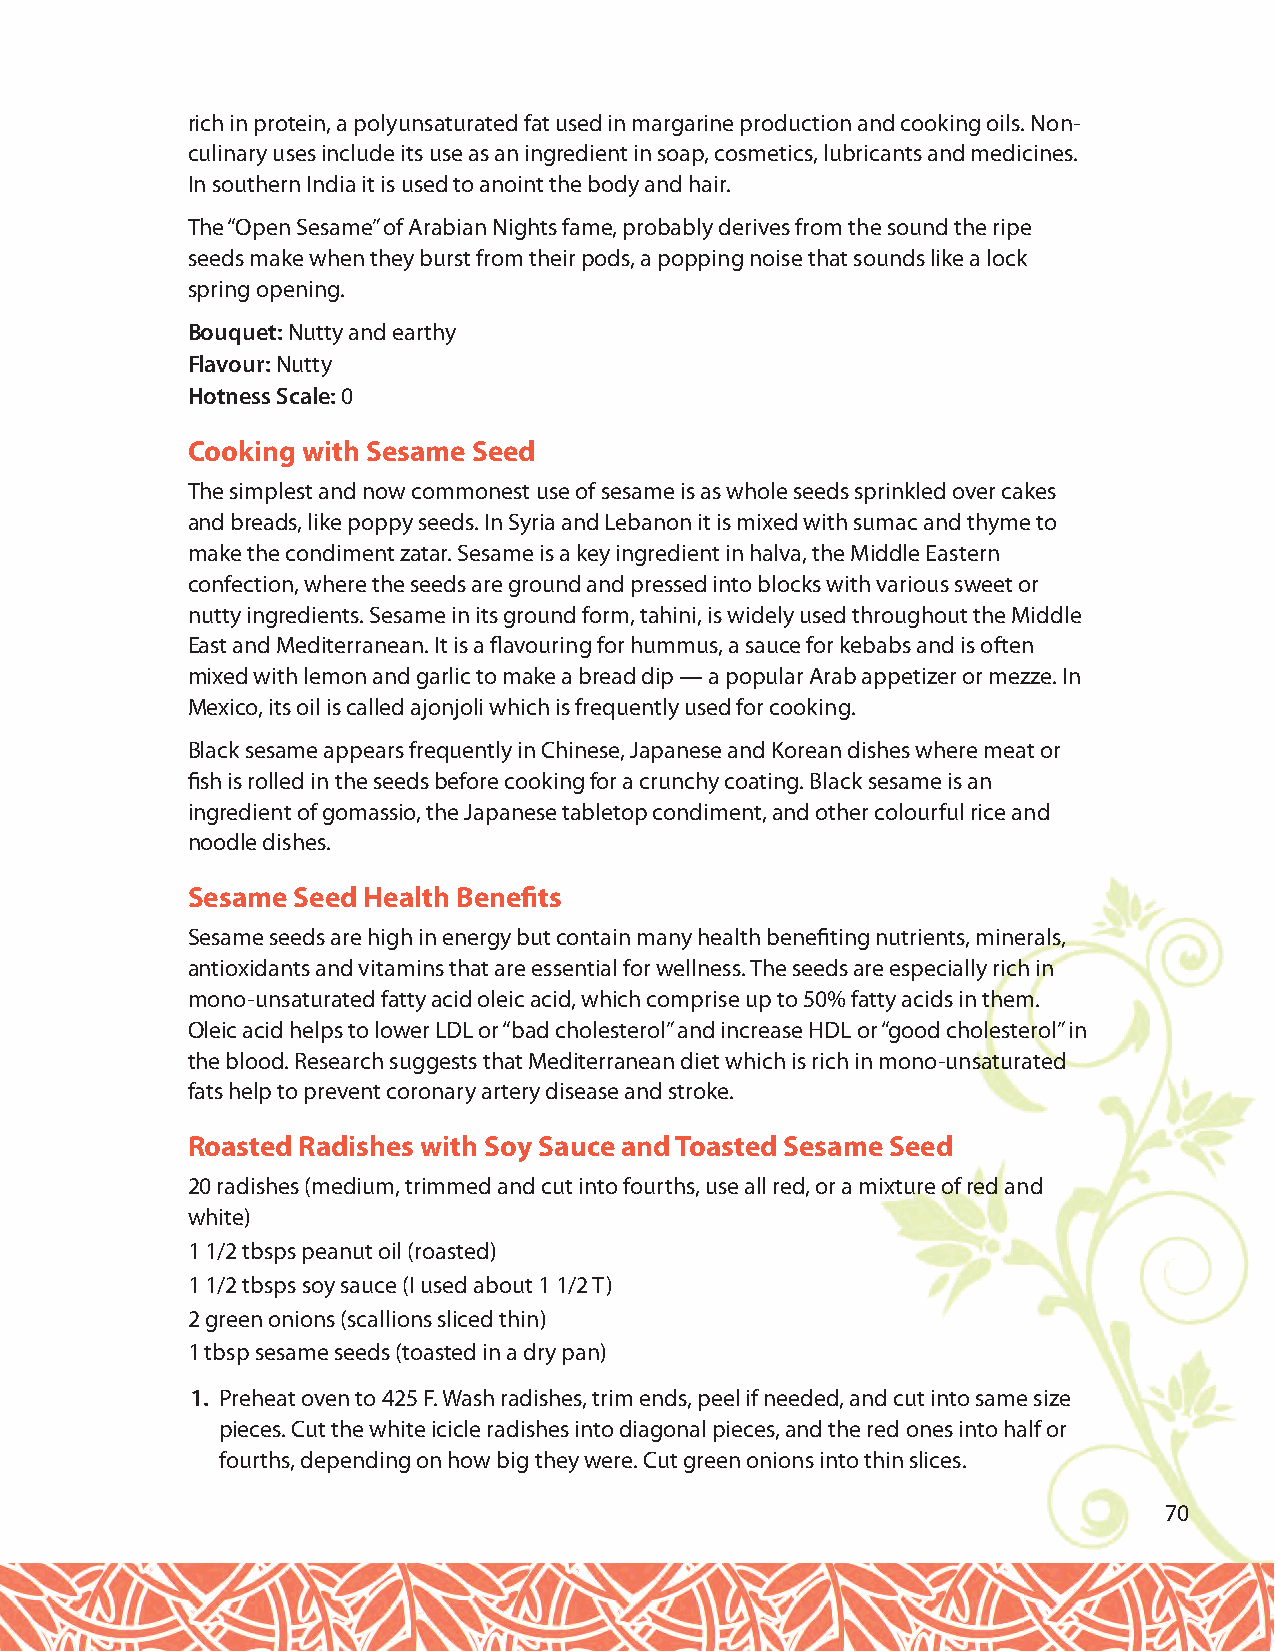
rich in protein, a polyunsaturated fat used in margarine production and cooking oils. Non-
 culinary uses include its use as an ingredient in soap, cosmetics, lubricants and medicines.
 In southern India it is used to anoint the body and hair.
 The “Open Sesame” of Arabian Nights fame, probably derives from the sound the ripe
 seeds make when they burst from their pods, a popping noise that sounds like a lock
 spring opening.
 Bouquet:Nutty and earthy
 Flavour: Nutty
 Hotness Scale: 0
 Cooking with Sesame Seed
 The simplest and now commonest use of sesame is as whole seeds sprinkled over cakes
 and breads, like poppy seeds. In Syria and Lebanon it is mixed with sumac and thyme to
 make the condiment zatar. Sesame is a key ingredient in halva, the Middle Eastern
 confection, where the seeds are ground and pressed into blocks with various sweet or
 nutty ingredients. Sesame in its ground form, tahini, is widely used throughout the Middle
 East and Mediterranean. It is a flavouring for hummus, a sauce for kebabs and is often
 mixed with lemon and garlic to make a bread dip — a popular Arab appetizer or mezze. In
 Mexico, its oil is called ajonjoli which is frequently used for cooking.
 Black sesame appears frequently in Chinese, Japanese and Korean dishes where meat or
 fish is rolled in the seeds before cooking for a crunchy coating. Black sesame is an
 ingredient of gomassio, the Japanese tabletop condiment, and other colourful rice and
 noodle dishes.
 Sesame Seed Health Benefits
 Sesame seeds are high in energy but contain many health benefiting nutrients, minerals,
 antioxidants and vitamins that are essential for wellness. The seeds are especially rich in
 mono-unsaturated fatty acid oleic acid, which comprise up to 50% fatty acids in them.
 Oleic acid helps to lower LDL or “bad cholesterol” and increase HDL or “good cholesterol” in
 the blood. Research suggests that Mediterranean diet which is rich in mono-unsaturated
 fats help to prevent coronary artery disease and stroke.
 Roasted Radishes with Soy Sauce and Toasted Sesame Seed
 20 radishes (medium, trimmed and cut into fourths, use all red, or a mixture of red and
 white)
 1 1/2 tbsps peanut oil (roasted)
 1 1/2 tbsps soy sauce (I used about 1 1/2 T)
 2 green onions (scallions sliced thin)
 1 tbsp sesame seeds (toasted in a dry pan)
 1. Preheat oven to 425 F. Wash radishes, trim ends, peel if needed, and cut into same size
 pieces. Cut the white icicle radishes into diagonal pieces, and the red ones into half or
 fourths, depending on how big they were. Cut green onions into thin slices.
 70